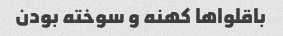
باقلوا‌ها کهنه و سوخته بودن